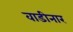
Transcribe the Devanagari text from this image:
वाडीनार